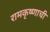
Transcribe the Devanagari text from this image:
रामकृष्णाची